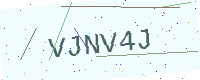
Text: VJNV4J